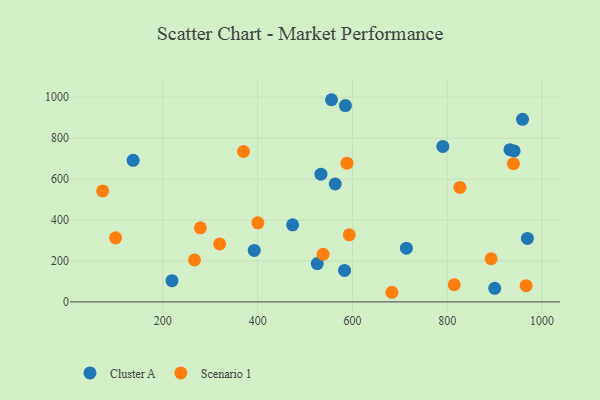
{"axis": {"x": "Ad Spend", "y": "Sales"}, "legend": ["Cluster A", "Scenario 1"], "data": [{"x": "525.8", "y": 187.4, "type": "Cluster A"}, {"x": "941.2", "y": 738.0, "type": "Cluster A"}, {"x": "137.3", "y": 692.0, "type": "Cluster A"}, {"x": "219.3", "y": 103.7, "type": "Cluster A"}, {"x": "392.8", "y": 251.6, "type": "Cluster A"}, {"x": "563.8", "y": 576.1, "type": "Cluster A"}, {"x": "473.8", "y": 376.8, "type": "Cluster A"}, {"x": "713.9", "y": 262.7, "type": "Cluster A"}, {"x": "959.0", "y": 892.2, "type": "Cluster A"}, {"x": "585.2", "y": 959.7, "type": "Cluster A"}, {"x": "932.5", "y": 744.1, "type": "Cluster A"}, {"x": "900.3", "y": 66.3, "type": "Cluster A"}, {"x": "583.4", "y": 153.8, "type": "Cluster A"}, {"x": "555.9", "y": 988.1, "type": "Cluster A"}, {"x": "790.8", "y": 759.9, "type": "Cluster A"}, {"x": "533.6", "y": 624.1, "type": "Cluster A"}, {"x": "969.2", "y": 310.3, "type": "Cluster A"}, {"x": "320.0", "y": 283.3, "type": "Scenario 1"}, {"x": "370.2", "y": 735.1, "type": "Scenario 1"}, {"x": "593.4", "y": 327.8, "type": "Scenario 1"}, {"x": "814.8", "y": 83.9, "type": "Scenario 1"}, {"x": "538.1", "y": 232.8, "type": "Scenario 1"}, {"x": "279.2", "y": 362.1, "type": "Scenario 1"}, {"x": "683.3", "y": 47.0, "type": "Scenario 1"}, {"x": "100.3", "y": 312.9, "type": "Scenario 1"}, {"x": "939.8", "y": 675.5, "type": "Scenario 1"}, {"x": "892.7", "y": 210.9, "type": "Scenario 1"}, {"x": "588.6", "y": 678.1, "type": "Scenario 1"}, {"x": "266.8", "y": 205.0, "type": "Scenario 1"}, {"x": "72.9", "y": 542.3, "type": "Scenario 1"}, {"x": "826.8", "y": 559.5, "type": "Scenario 1"}, {"x": "966.5", "y": 79.2, "type": "Scenario 1"}, {"x": "400.5", "y": 386.5, "type": "Scenario 1"}]}